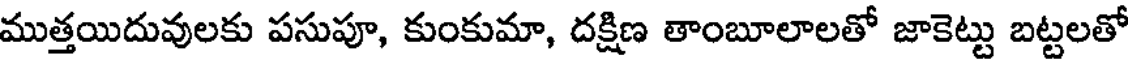
ముత్తయిదువులకు పసుపూ, కుంకుమా, దక్షిణ తాంబూలాలతో జాకెట్టు బట్టలతో